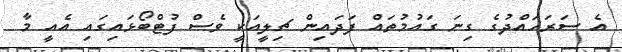
އެ ސަރަހައްދުގެ ގިނަ ގައުމުތައް ފަދައިން ޗިލީއަކީ ވެސް ފުޓްބޯޅައިގައި އެެއީ މާ